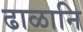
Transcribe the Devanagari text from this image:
ढाळानि